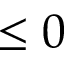
\leq 0